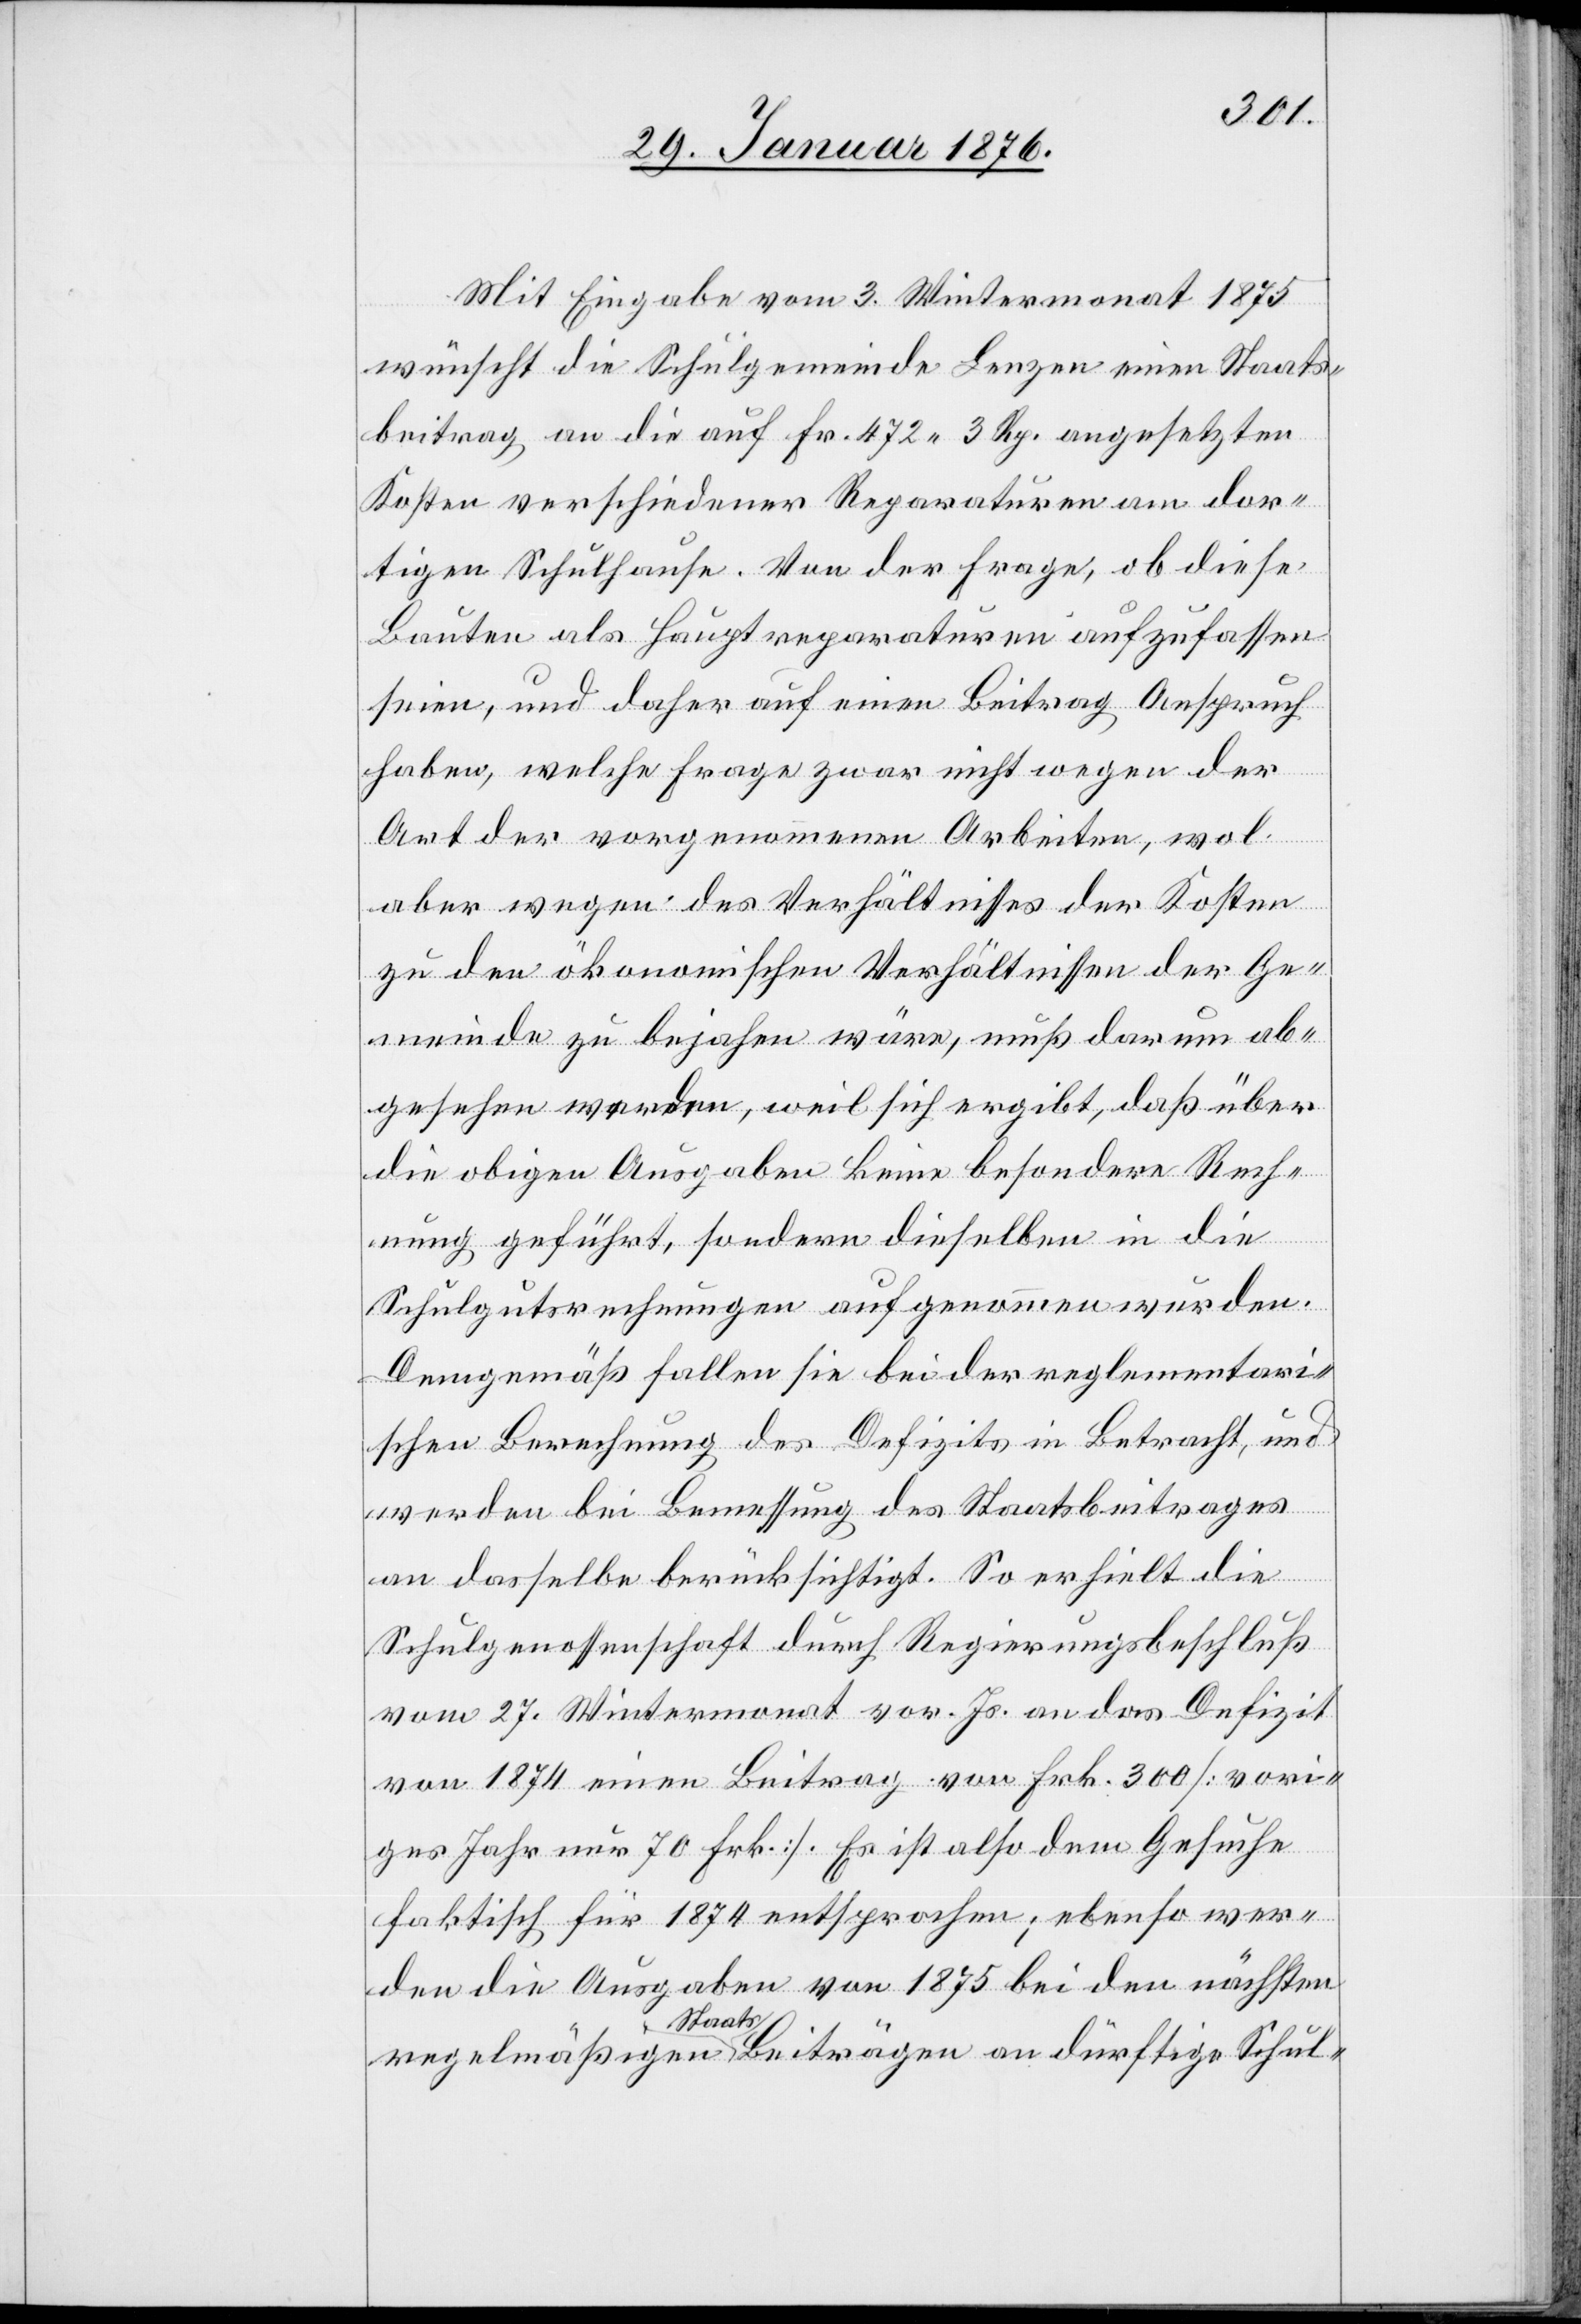
Mit Eingabe vom 3. Wintermonat 1875
wünscht die Schulgemeinde Lenzen einen Staats¬
beitrag an die auf Fr. 472 3 Rp. angesetzten
Kosten verschiedener Reparaturen am dor¬
tigen Schulhause. Von der Frage, ob diese
Bauten als Hauptreparaturen aufzufassen
seien, und daher auf einen Beitrag Anspruch
haben, welche Frage zwar nicht wegen der
Art der vorgenommenen Arbeiten, wol
aber wegen des Verhältnisses der Kosten
zu den ökonomischen Verhältnissen der Ge¬
meinde zu bejahen wäre, muß darum ab¬
gesehen werden, weil sich ergibt, daß über
die obigen Ausgaben keine besondere Rech¬
nung geführt, sondern dieselben in die
Schulgutsrechnungen aufgenommen wurden.
Demgemäß fallen sie bei der reglementari¬
schen Berechnung des Defizits in Betracht, und
werden bei Bemessung des Staatsbeitrages
an dasselbe berücksichtigt. So erhielt die
Schulgenossenschaft durch Regierungsbeschluß
vom 27. Wintermonat vor. Js. an das Defizit
von 1874 einen Beitrag von Frk. 300 [vori¬
ges Jahr nur 70 Frk.]. Es ist also dem Gesuche
faktisch für 1874 entsprochen; ebenso wer¬
den die Ausgaben von 1875 bei den nächsten
regelmäßigen Staatsbeiträgen an dürftige Schul-